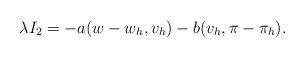
LaTeX: \begin{align*}\lambda I_2 = -a(w-w_h,v_h) - b(v_h,\pi-\pi_h).\end{align*}